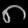
Digit: ၈